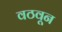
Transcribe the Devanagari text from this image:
वठवून